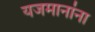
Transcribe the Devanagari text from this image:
यजमानांना